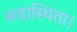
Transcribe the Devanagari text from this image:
सदास्थिता।